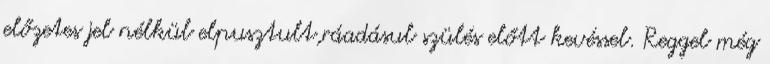
előzetes jel nélkül elpusztult,ráadásul szülés előtt kevéssel. Reggel még